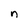
Character: n